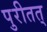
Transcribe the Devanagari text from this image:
पुरीतत्